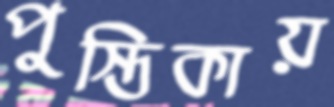
পুস্তিকায়